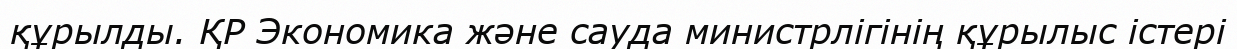
құрылды. ҚР Экономика және сауда министрлігінің құрылыс істері